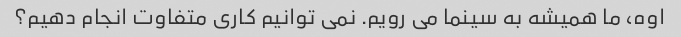
اوه، ما همیشه به سینما می رویم. نمی توانیم کاری متفاوت انجام دهیم؟